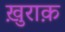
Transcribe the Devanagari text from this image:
ख़ुराक़